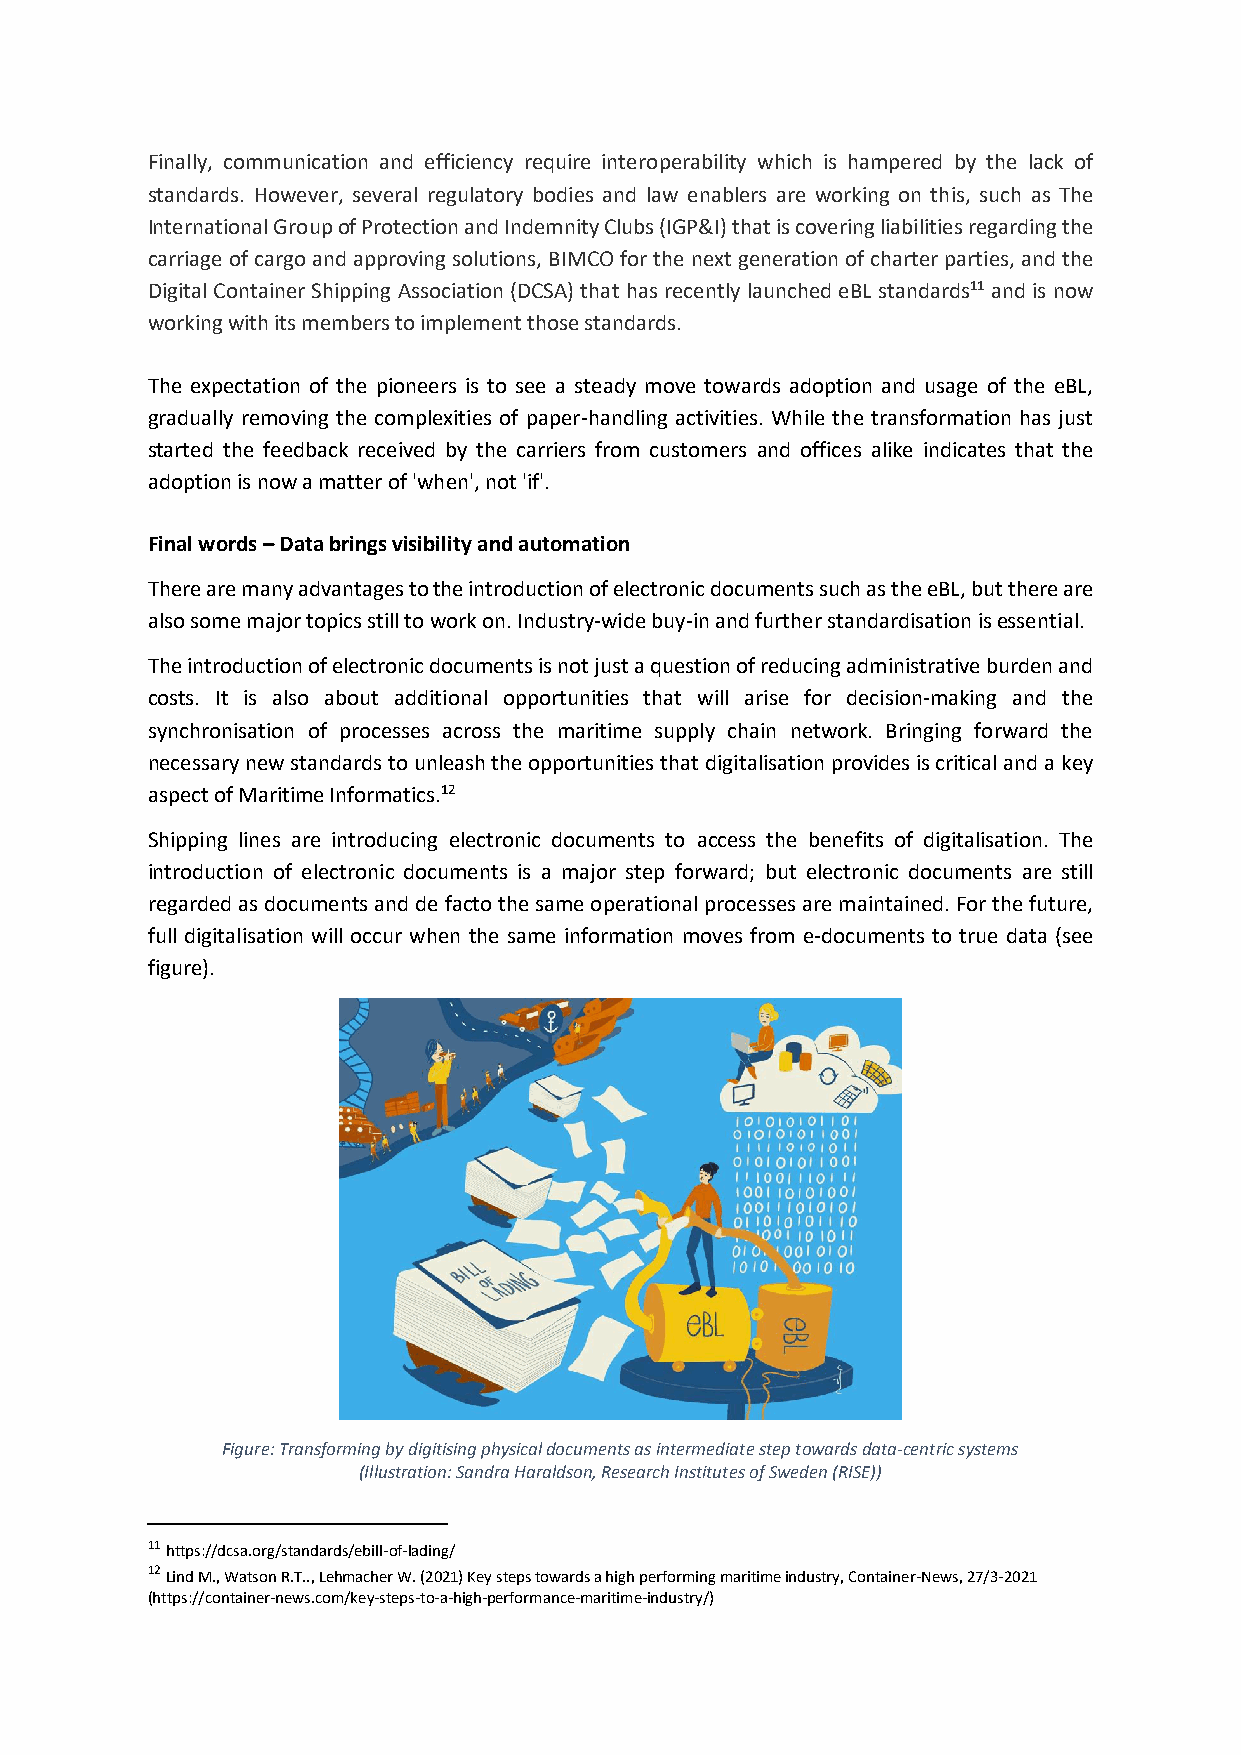
Finally, communication and efficiency require interoperability which is hampered by the lack of
 standards. However, several regulatory bodies and law enablers are working on this, such as The
 International Group of Protection and Indemnity Clubs (IGP&I) that is covering liabilities regarding the
 carriage of cargo and approving solutions, BIMCO for the next generation of charter parties, and the
 Digital Container Shipping Association (DCSA) that has recently launched eBL standards11 and is now
 working with its members to implement those standards.
 The expectation of the pioneers is to see a steady move towards adoption and usage of the eBL,
 gradually removing the complexities of paper-handling activities. While the transformation has just
 started the feedback received by the carriers from customers and offices alike indicates that the
 adoption is now a matter of 'when', not 'if'.
 Final words – Data brings visibility and automation
 There are many advantages to the introduction of electronic documents such as the eBL, but there are
 also some major topics still to work on. Industry-wide buy-in and further standardisation is essential.
 The introduction of electronic documents is not just a question of reducing administrative burden and
 costs. It is also about additional opportunities that will arise for decision-making and the
 synchronisation of processes across the maritime supply chain network. Bringing forward the
 necessary new standards to unleash the opportunities that digitalisation provides is critical and a key
 aspect of Maritime Informatics.12
 Shipping lines are introducing electronic documents to access the benefits of digitalisation. The
 introduction of electronic documents is a major step forward; but electronic documents are still
 regarded as documents and de facto the same operational processes are maintained. For the future,
 full digitalisation will occur when the same information moves from e-documents to true data (see
 figure).
 Figure: Transforming by digitising physical documents as intermediate step towards data-centric systems
 (Illustration: Sandra Haraldson, Research Institutes of Sweden (RISE))
 11 https://dcsa.org/standards/ebill-of-lading/
 12 Lind M., Watson R.T.., Lehmacher W. (2021) Key steps towards a high performing maritime industry, Container-News, 27/3-2021
 (https://container-news.com/key-steps-to-a-high-performance-maritime-industry/)